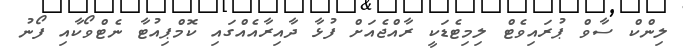
ލިންކް ސާވް ޕުރައިވެޓް ލިމިޓެޑަކީ ރާއްޖެއަށް ފުޅާ ދާއިރާއެއްގައި ކޮމްޕިއުޓާ ނެޓްވޯކާއި ފޯނު